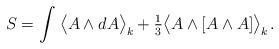
LaTeX: \begin{align*}S=\int\;\!\big\langle A\wedge dA\big\rangle_k+\tfrac13 \big\langle A\wedge [A\wedge A]\big\rangle_k\;\!.\!\end{align*}